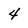
Character: 4